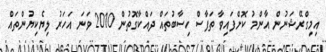
އިމިގްރޭޝަނުން އާންމު ކޮށްފައިވާ ތަފާސް ހިސާބުތައް ދައްކާގޮތުން 2010 ވަނަ އަހަރު ލިޔެކިޔުންތައް